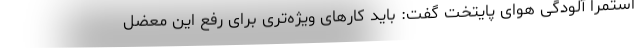
استمرا آلودگی هوای پایتخت گفت: باید کارهای ویژه‌تری برای رفع این معضل